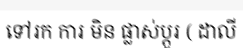
ទៅរក ការ មិន ផ្លាស់ប្តូរ ( ដាលី